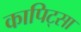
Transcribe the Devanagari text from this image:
कापिट्सा